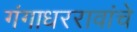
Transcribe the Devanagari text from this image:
गंगाधररावांचे